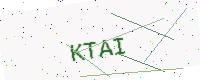
Text: KTAI